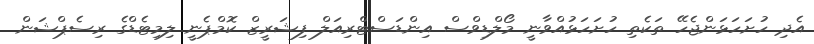
އެދި ހުށަހަޅަންޖެހޭ ތަކެތި ހުށަހަޅުއްވާނީ މޯލްޑިވްސް އިންޑަސްޓްރިއަލް ފިޝަރީޒް ކޮމްޕެނީ ލިމިޓެޑްގެ ރިސެޕްޝަން